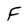
Character: F